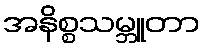
အနိစ္စသမ္ဘူတာ